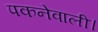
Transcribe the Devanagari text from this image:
पकनेवाली।